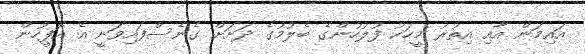
އައިމަން އާއި އިތުރު މީހަކު ފުލުހުންގެ ބެލުމުގެ ދަށަށް ގެނެސްފައިވަނީ އެ އޮފީހުން